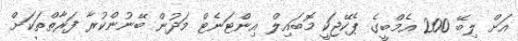
އަށް ލިބޭ 200 އެމްބީގެ ޕެކޭޖަކީ މޮބައިލް އިންޓަނެޓް މަދުން ބޭނުންކުރާ ފަރާތްތަކަށް